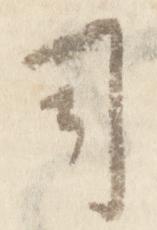
司